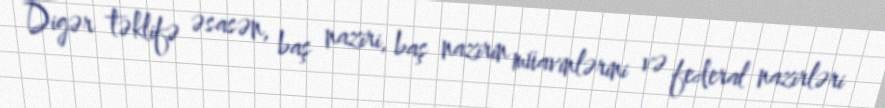
Digər təklifə əsasən, baş naziri, baş nazirin müavinlərini və federal nazirləri